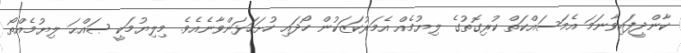
ކާންދީފައިވާނަމަ އެމަސައްކަތް ކުރިގޮތުގެ ލިޔުމެއް އެމަރުކަޒަކުން ހޯދައި ހުށަހަޅަންވާނެއެވެ. މިލިޔުމަކީ ޞައްޙަ ލިޔުމެއްތޯ